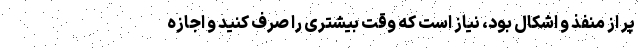
پر از منفذ و اشکال بود، نیاز است که وقت بیشتری را صرف کنید و اجازه